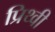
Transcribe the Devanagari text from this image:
प्रिथ्वी